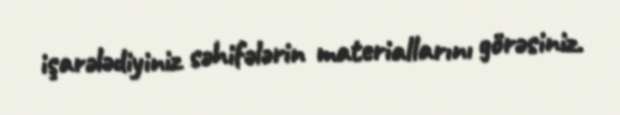
işarələdiyiniz səhifələrin materiallarını görəsiniz.